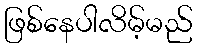
ဖြစ်နေပါလိမ့်မည်